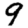
Digit: 9